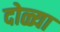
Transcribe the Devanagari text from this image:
दोळ्या